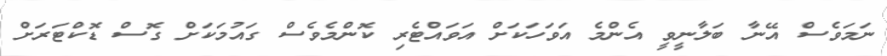
ނަމަވެސް އޭނާ ބަލާނީވީ އެންމެ އަވަހަކަށް އަވައްޓެރި ކޮންމެވެސް ގައުމަކަށް ގޮސް ޑޮކްޓަރަށް